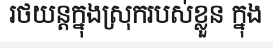
រថយន្តក្នុងស្រុករបស់ខ្លួន ក្នុង